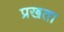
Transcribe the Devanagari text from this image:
प्रखता